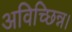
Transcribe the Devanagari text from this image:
अविच्छिन्न।